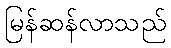
မြန်ဆန်လာသည်